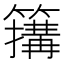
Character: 簼